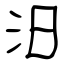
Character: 汨